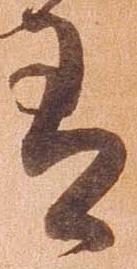
有